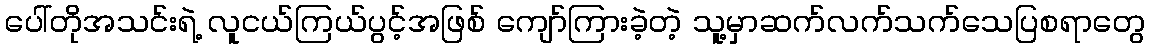
ပေါ်တိုအသင်းရဲ့ လူငယ်ကြယ်ပွင့်အဖြစ် ကျော်ကြားခဲ့တဲ့ သူ့မှာဆက်လက်သက်သေပြစရာတွေ